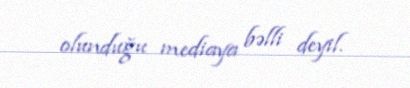
olunduğu mediaya bəlli deyil.